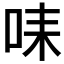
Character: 𠱤